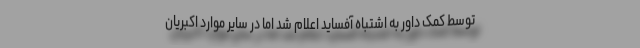
توسط کمک داور به اشتباه آفساید اعلام شد اما در سایر موارد اکبریان